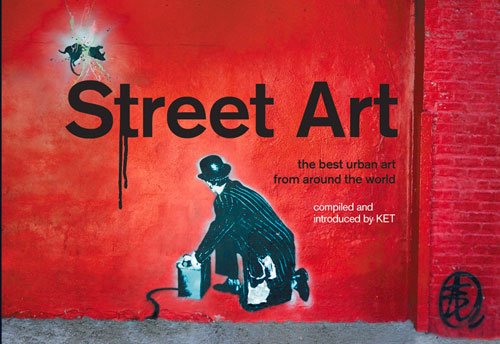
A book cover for Street Art: The Best Urban Art from Around the World; KET; Arts & Photography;